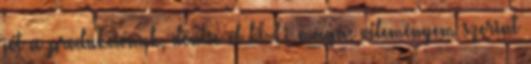
jót a produkciónak, döntse el ki-ki maga, véleményem szerint